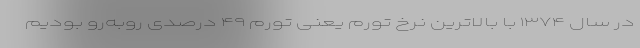
در سال ۱۳۷۴ با بالاترین نرخ تورم یعنی تورم ۴۹ درصدی روبه‌رو بودیم